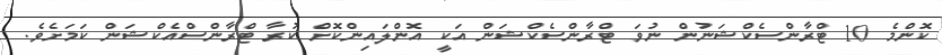
ކޮންމެ 10 ޓްރާންސެކްޝަނުން ނުވަ ޓްރާންސެކްޝަން އަކީ އޮންލައިންކޮށް ކުރާ ޓްރާންސްއެކްޝަން ކަމަށެވެ.